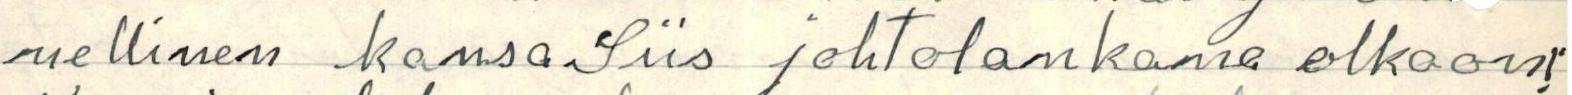
nellinen kansa.Siis johtolankana olkoon!'